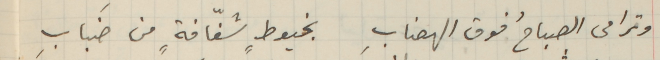
وترامى الصباحُ فوق الهضابِ بخيوطٍ شفافةٍ من ضَبابِ